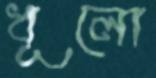
ধূলো